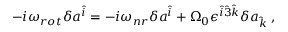
- i { \omega } _ { r o t } \delta a ^ { \hat { i } } = - i { \omega } _ { n r } \delta a ^ { \hat { i } } + { \Omega } _ { 0 } { \epsilon } ^ { \hat { i } \hat { 3 } \hat { k } } \delta a _ { \hat { k } } \; ,